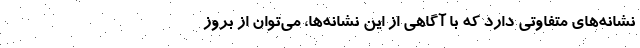
نشانه‌های متفاوتی دارد که با آگاهی از این نشانه‌ها، می‌توان از بروز